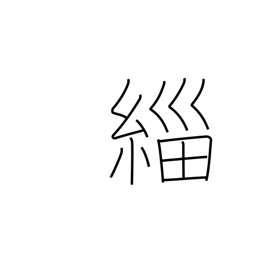
Meaning: black clothing